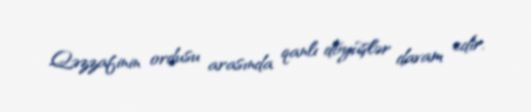
Qəzzafinin ordusu arasında qanlı döyüşlər davam edir.